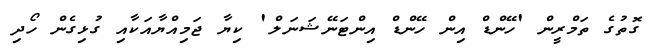
ގޮތުގެ ތަމްރީން 'ހޭންޑް އިން ހޭންޑް އިންޓަނޭޝަނަލް' ކިޔާ ޖަމިއްޔާއަކާއި ގުޅިގެން ހޯދި